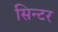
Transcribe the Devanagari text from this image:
सिन्टर